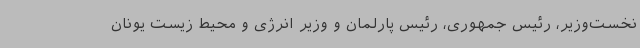
نخست‌وزیر، رئیس جمهوری، رئیس پارلمان و وزیر انرژی و محیط زیست یونان